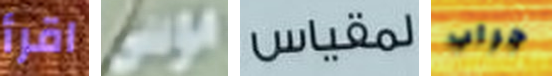
اقرأ موسى لمقباس جراب